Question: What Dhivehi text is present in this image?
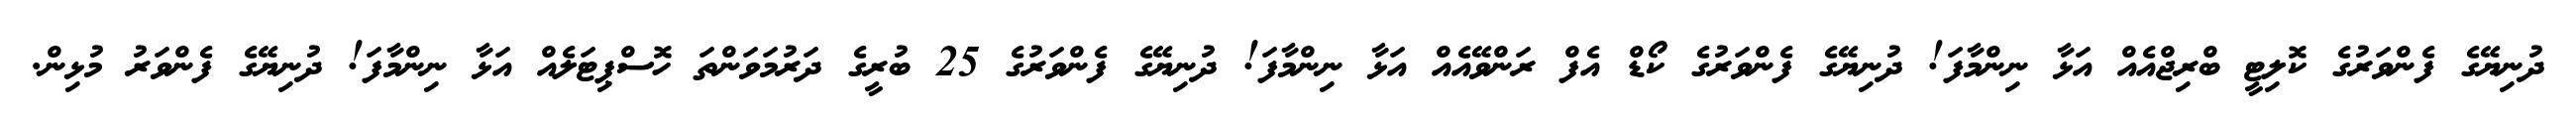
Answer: ދުނިޔޭގެ ފެންވަރުގެ ކޮލިޓީ ބްރިޖްއެއް އަޅާ ނިންމާފަ! ދުނިޔޭގެ ފެންވަރުގެ ކޯޑް އެފް ރަންވޭއެއް އަޅާ ނިންމާފަ! ދުނިޔޭގެ ފެންވަރުގެ 25 ބުރީގެ ދަރުމަވަންތަ ހޮސްޕިޓަލެއް އަޅާ ނިންމާފަ! ދުނިޔޭގެ ފެންވަރު މުޅިން.